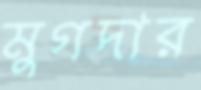
মুগদার